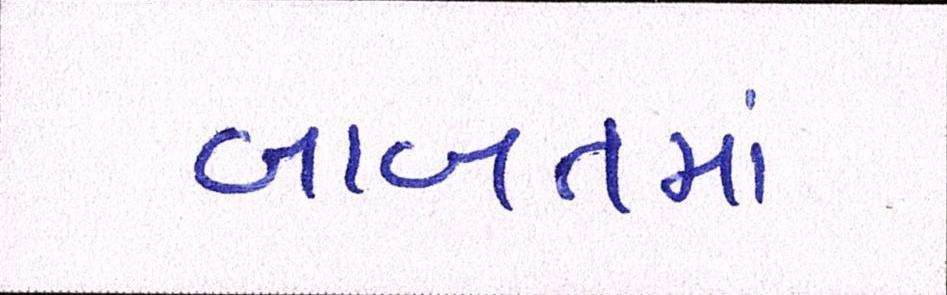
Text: બાબતમાં